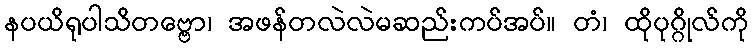
နပယိရုပါသိတဗ္ဗော၊ အဖန်တလဲလဲမဆည်းကပ်အပ်။ တံ၊ ထိုပုဂ္ဂိုလ်ကို